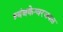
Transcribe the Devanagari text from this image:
त्र्यंबकेश्वरजवळ